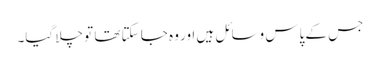
جس کے پاس وسائل ہیں اور وہ جا سکتا تھا تو چلا گیا۔